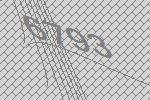
6793